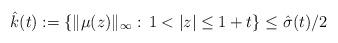
LaTeX: \begin{align*}\hat k(t) := \{\Vert \mu(z) \Vert_{\infty}:\, 1 < |z| \leq 1 + t \} \leq \hat\sigma(t)/2\end{align*}